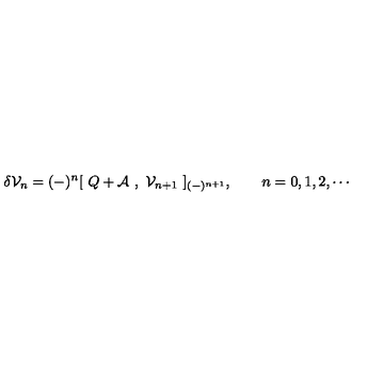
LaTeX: \delta { \cal { V } } _ { n } = ( - ) ^ { n } [ \ Q + { \cal { A } } \ , \ { \cal { V } } _ { n + 1 } \ ] _ { ( - ) ^ { n + 1 } } , \qquad n = 0 , 1 , 2 , \cdots